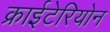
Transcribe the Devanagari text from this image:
क्राईटेरियोन